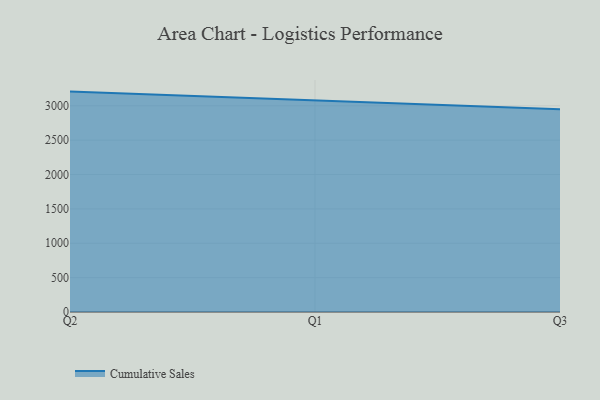
{"axis": {"x": "Quarter", "y": "Shipments"}, "legend": ["Cumulative Sales"], "data": [{"x": "Q2", "y": 3206.9, "type": "Cumulative Sales"}, {"x": "Q1", "y": 3083.5, "type": "Cumulative Sales"}, {"x": "Q3", "y": 2949.4, "type": "Cumulative Sales"}]}